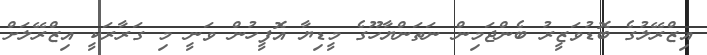
އިޒްރޭލުގެ ބޮޑުވަޒީރު ބެންޖަމިން ނަތަންޔާހޫގެ މީޑިޔާ އޮފީހުން ވަނީ މި ގަރާރަކީ އިޒްރޭލަށް